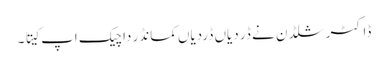
ڈاکٹر شلڈن نے ڈر دیاں ڈردیاں کمانڈر دا چیک اپ کیتا ۔